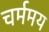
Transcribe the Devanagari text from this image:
चर्ममय